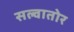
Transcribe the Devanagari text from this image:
सल्वातोर